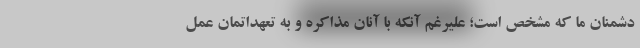
دشمنان ما که مشخص است؛ علیرغم آنکه با آنان مذاکره و به تعهداتمان عمل